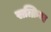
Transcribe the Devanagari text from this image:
सत्क्रिया